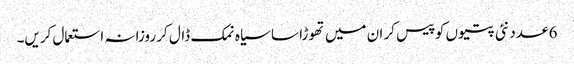
6 عدد نئی پتیوں کو پیس کر ان میں تھوڑا سا سیاہ نمک ڈال کر روزانہ استعمال کریں۔